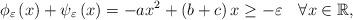
LaTeX: \begin{align*}\phi_\varepsilon \left(x\right)+\psi_\varepsilon \left(x\right)=-ax^{2}+\left(b+c\right)x\geq -\varepsilon\quad\forall x\in\mathbb{R},\end{align*}